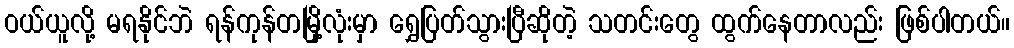
ဝယ်ယူလို့ မရနိုင်ဘဲ ရန်ကုန်တမြို့လုံးမှာ ရွှေပြတ်သွားပြီဆိုတဲ့ သတင်းတွေ ထွက်နေတာလည်း ဖြစ်ပါတယ်။